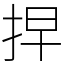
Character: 𢫵